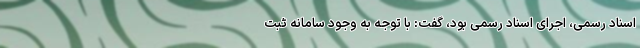
اسناد رسمی، اجرای اسناد رسمی بود، گفت: با توجه به وجود سامانه ثبت